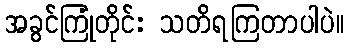
အခွင်ကြုံတိုင်း သတိရကြတာပါပဲ။